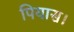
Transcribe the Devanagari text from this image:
पियास।